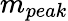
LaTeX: m_{peak}